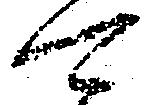
可